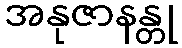
အနုဇာနန္တု